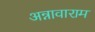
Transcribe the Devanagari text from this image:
अन्नावाराम